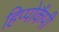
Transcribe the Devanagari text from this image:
हिप्पोकैंपी